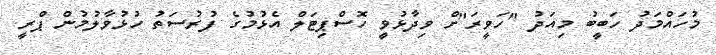
މުހައްމަދު ހަބީބު މިއަދު "ހަވީރަ"ށް ވިދާޅުވީ ހޮސްޕިޓަލް އެޅުމުގެ ފުރުސަތު ހުޅުވާލުމުން ޕްރީ